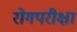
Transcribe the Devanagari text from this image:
रोगपरीक्षा